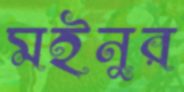
মইনুর